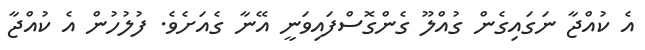
އެ ކުއްޖާ ނަގައިގެން ގުއްލޫ ގެންގޮސްފައިވަނީ އޭނާ ގެއަށެވެ. ފުލުހުން އެ ކުއްޖާ